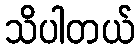
သိပါတယ်